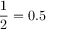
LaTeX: { \frac { 1 } { 2 } } = 0 . 5